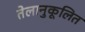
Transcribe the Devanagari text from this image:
तेलानुकूलित